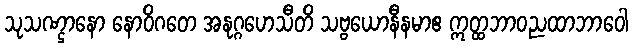
သုသဏ္ဌာနော နောဝိဂတေ အနုဂ္ဂဟေသီတိ သဗ္ဗယောနီနမာဧ ဣတ္ထဘာဝညထာဘာဝေါ